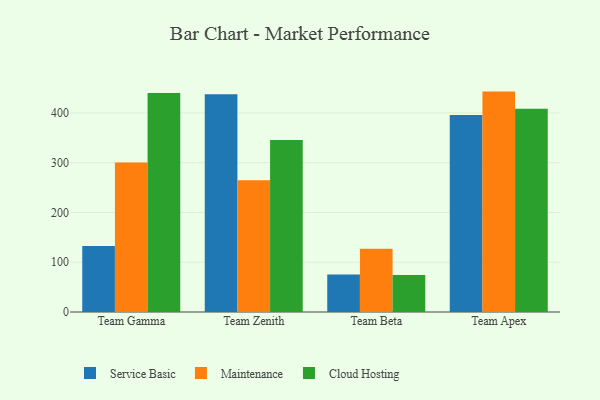
{"axis": {"x": "Team", "y": "Backlog"}, "legend": ["Cloud Hosting", "Maintenance", "Service Basic"], "data": [{"x": "Team Gamma", "y": 132.5, "type": "Service Basic"}, {"x": "Team Gamma", "y": 300.2, "type": "Maintenance"}, {"x": "Team Gamma", "y": 440.2, "type": "Cloud Hosting"}, {"x": "Team Zenith", "y": 437.7, "type": "Service Basic"}, {"x": "Team Zenith", "y": 264.5, "type": "Maintenance"}, {"x": "Team Zenith", "y": 345.6, "type": "Cloud Hosting"}, {"x": "Team Beta", "y": 75.2, "type": "Service Basic"}, {"x": "Team Beta", "y": 126.9, "type": "Maintenance"}, {"x": "Team Beta", "y": 74.5, "type": "Cloud Hosting"}, {"x": "Team Apex", "y": 396.0, "type": "Service Basic"}, {"x": "Team Apex", "y": 442.8, "type": "Maintenance"}, {"x": "Team Apex", "y": 408.4, "type": "Cloud Hosting"}]}